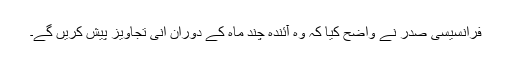
فرانسیسی صدر نے واضح کیا کہ وہ آئندہ چند ماہ کے دوران انی تجاویز پیش کریں گے۔